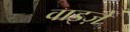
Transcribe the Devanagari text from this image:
वाइज़े